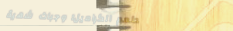
مطعم الكراميل: وجبات شهية